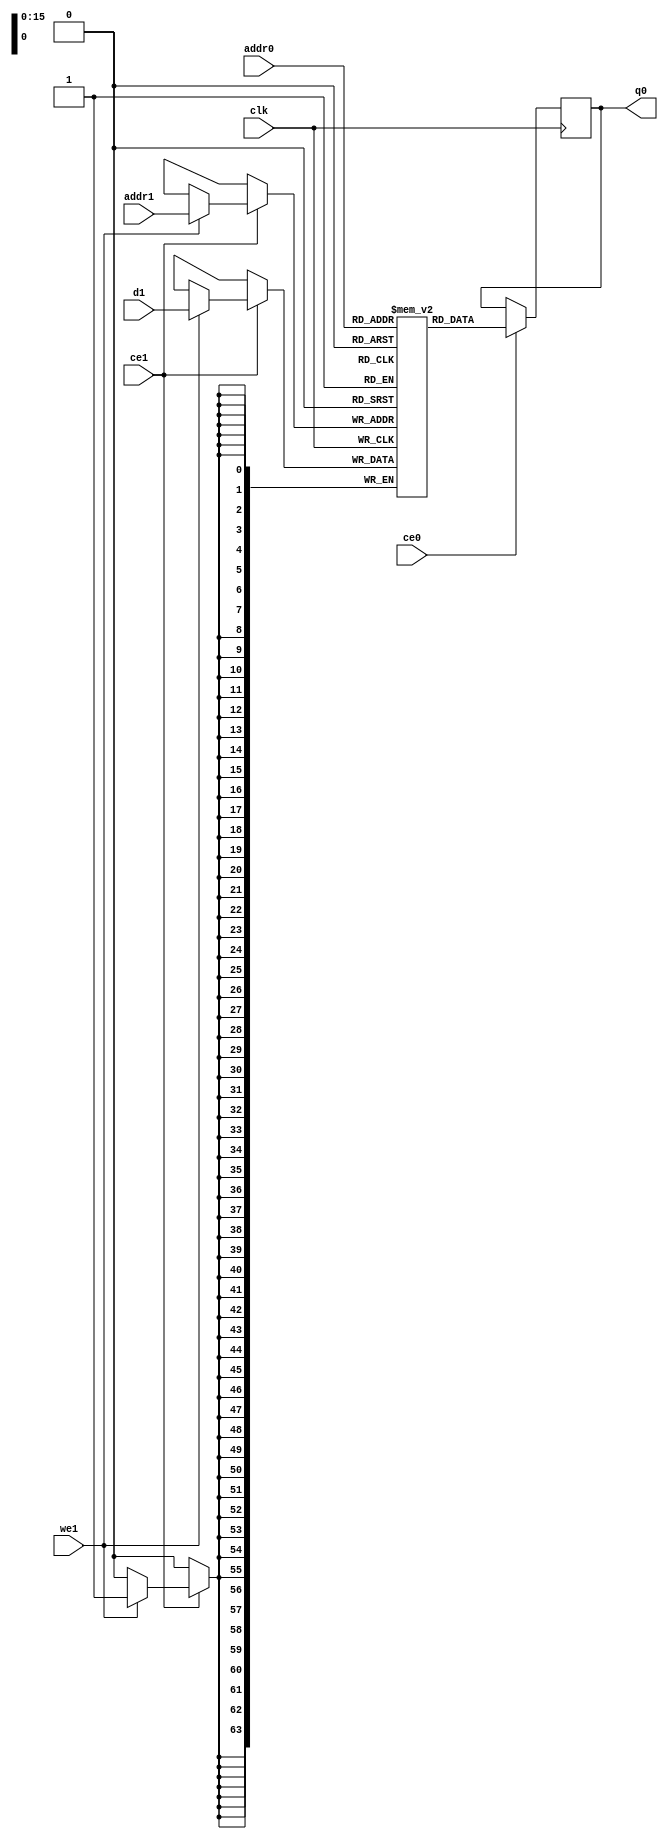
`define EXPONENT 5
`define MANTISSA 10
`define ACTUAL_MANTISSA 11
`define EXPONENT_LSB 10
`define EXPONENT_MSB 14
`define MANTISSA_LSB 0
`define MANTISSA_MSB 9
`define MANTISSA_MUL_SPLIT_LSB 3
`define MANTISSA_MUL_SPLIT_MSB 9
`define SIGN 1
`define SIGN_LOC 15
`define DWIDTH (`SIGN+`EXPONENT+`MANTISSA)
`define IEEE_COMPLIANCE 1

module td_fused_top_td_fused_final_fmaps_memcore_ram (addr0, ce0, q0, addr1, ce1, d1, we1,  clk);

parameter DWIDTH = 64;
parameter AWIDTH = 16;
parameter MEM_SIZE = 49000;

input[AWIDTH-1:0] addr0;
input ce0;
output reg[DWIDTH-1:0] q0;
input[AWIDTH-1:0] addr1;
input ce1;
input[DWIDTH-1:0] d1;
input we1;
input clk;

 reg [DWIDTH-1:0] ram[MEM_SIZE-1:0];




always @(posedge clk)  
begin 
    if (ce0) begin
        q0 <= ram[addr0];
    end
end


always @(posedge clk)  
begin 
    if (ce1) begin
        if (we1) 
            ram[addr1] <= d1; 
    end
end


endmodule